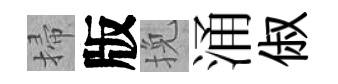
掃版挽涌俶